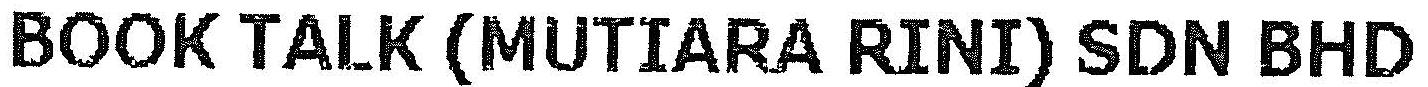
BOOK TALK (MUTIARA RINI) SDN BHD